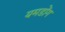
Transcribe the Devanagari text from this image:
यमडोंग